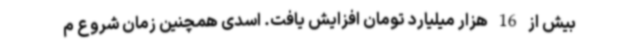
بیش از 16 هزار میلیارد تومان افزایش یافت. اسدی همچنین زمان شروع م